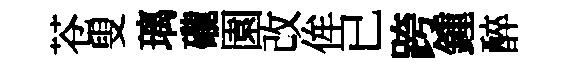
苍叟璃礲園改侔已跨鍾醉